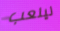
ليلعب